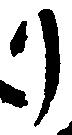
リ